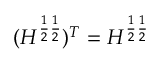
( H ^ { \frac { 1 } { 2 } \frac { 1 } { 2 } } ) ^ { T } = H ^ { \frac { 1 } { 2 } \frac { 1 } { 2 } }